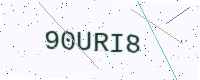
Text: 90URI8